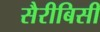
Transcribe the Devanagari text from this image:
सैरीबिसी